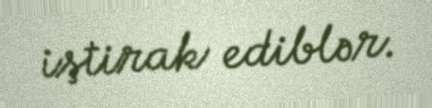
iştirak ediblər.